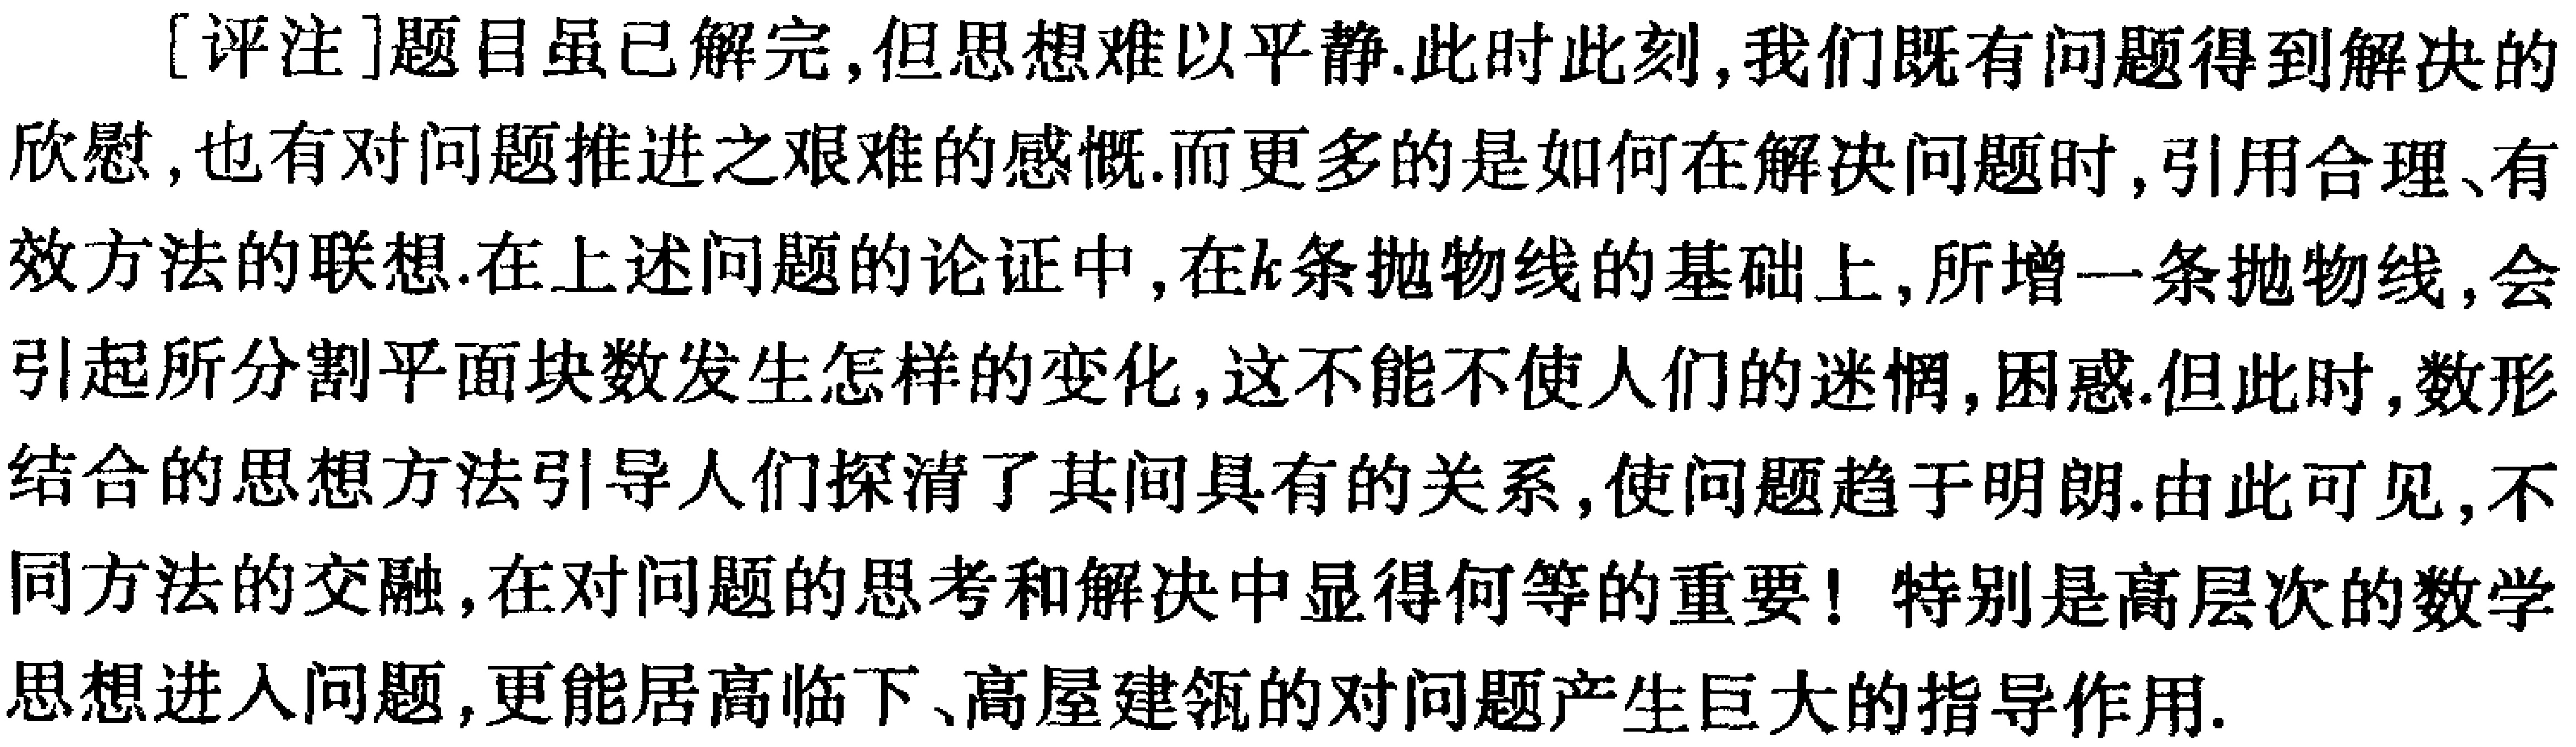
[评注]题目虽已解完,但思想难以平静.此时此刻,我们既有问题得到解决的欣慰,也有对问题推进之艰难的感慨.而更多的是如何在解决问题时,引用合理、有效方法的联想.在上述问题的论证中,在\(k\)条抛物线的基础上,所增一条抛物线,会引起所分割平面块数发生怎样的变化,这不能不使人们的迷惘,困惑.但此时,数形结合的思想方法引导人们探清了其间具有的关系,使问题趋于明朗.由此可见,不同方法的交融,在对问题的思考和解决中显得何等的重要! 特别是高层次的数学思想进入问题,更能居高临下、高屋建瓴的对问题产生巨大的指导作用.